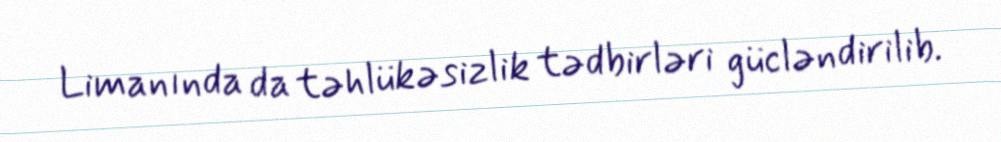
Limanında da təhlükəsizlik tədbirləri gücləndirilib.